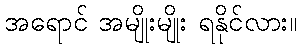
အရောင် အမျိုးမျိုး ရနိုင်လား။